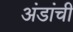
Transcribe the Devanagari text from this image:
अंडांची